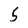
Character: 5